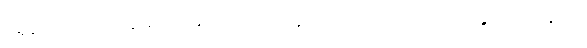
မရှိသော။ သုခံ၊ ချမ်းသာသော။ ယံ ဌာနံ၊ အကြင်အရပ်ကို။ ဝိန္ဒေမ၊ ရကုန်အံ့။